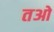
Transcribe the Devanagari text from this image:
तओ